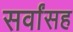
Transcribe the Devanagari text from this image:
सर्वांसह